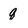
Character: q